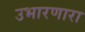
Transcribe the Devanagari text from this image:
उभारणारा